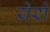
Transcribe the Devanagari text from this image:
येरो